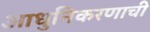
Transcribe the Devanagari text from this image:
आधुनिकरणाची